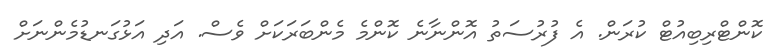
ކޮންޓްރިބިއުޓް ކުރަން. އެ ފުރުސަތު އޮންނާނެ ކޮންމެ މެންބަރަކަށް ވެސް. އަދި އަޅުގަނޑުމެންނަށް